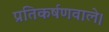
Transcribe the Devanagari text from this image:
प्रतिकर्षणवाले।